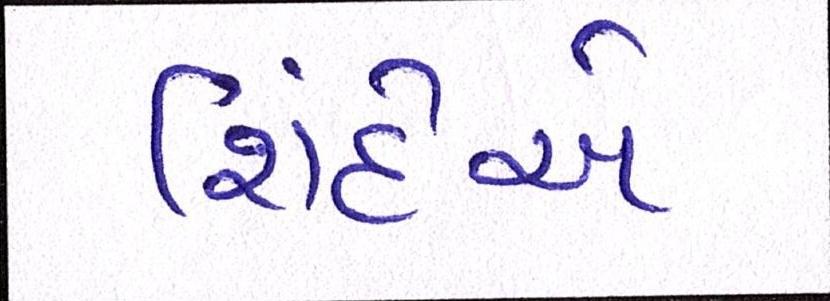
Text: શિંદેએ